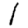
Digit: 1